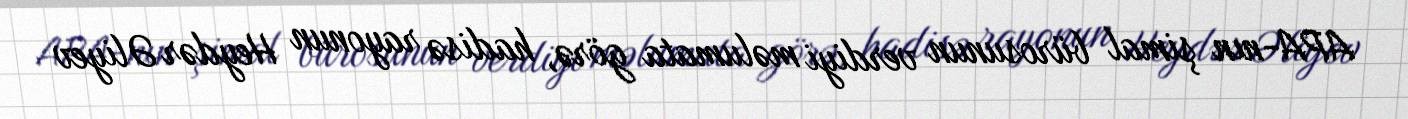
APA-nın şimal bürosunun verdiyi məlumata görə, hadisə rayonun Heydər Əliyev